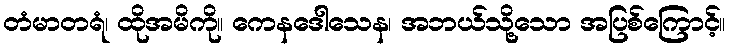
တံမာတရံ၊ ထိုအမိကို။ ကေနဒေါသေန၊ အဘယ်သို့သော အပြစ်ကြောင့်။